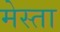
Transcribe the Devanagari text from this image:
मेस्ता